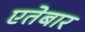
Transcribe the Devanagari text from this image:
एतेबार